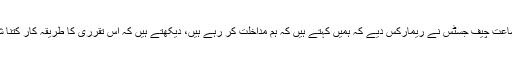
دوران سماعت چیف جسٹس نے ریمارکس دیے کہ ہمیں کہتے ہیں کہ ہم مداخلت کر رہے ہیں، دیکھتے ہیں کہ اس تقرری کا طریقہ کار کتنا شفاف ہے۔